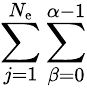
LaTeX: \sum_{j=1}^{N_{\mathrm{e}}}\sum_{\beta=0}^{\alpha-1}